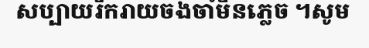
សប្បាយរីករាយចងចាំមិនភ្លេច ។សូម